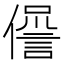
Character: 𠏘